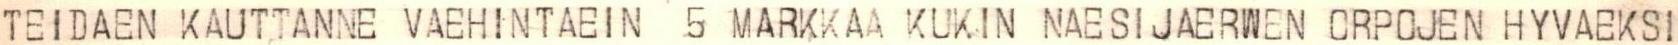
TEIDAEN KAUTTANNE VAEHINTAEIN 5 MARKKAA KUKIN NAESIJAERWEN ORPOJEN HYVAEKSI